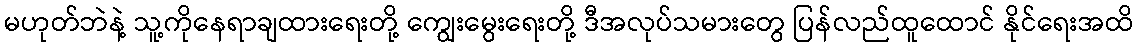
မဟုတ်ဘဲနဲ့ သူ့ကိုနေရာချထားရေးတို့ ကျွေးမွေးရေးတို့ ဒီအလုပ်သမားတွေ ပြန်လည်ထူထောင် နိုင်ရေးအထိ